Vaccination Hyderabad 1872-1889 - 1872-1889
Year: 1872
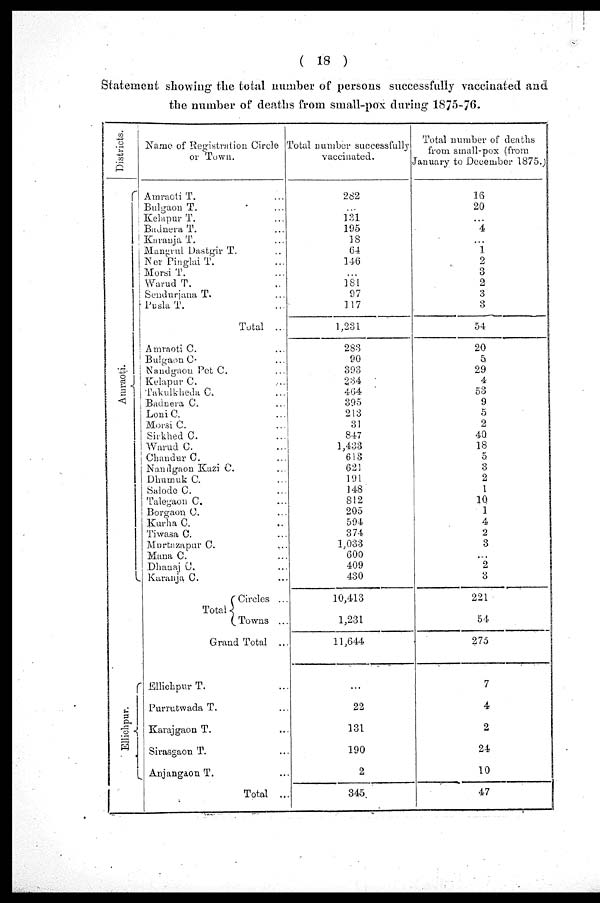
( 18 )
Statement showing the total number of persons successfully vaccinated and
the number of deaths from small-pox during 1875-76.
Districts.
Amraoti.
Name of Registration Circle
or Town.
Amraoti T. ...
Bulgaon T. ...
Kelapur T. ...
Bajnera T. ...
Karauja. T.
...
Mangrul Dastgir T. ...
Ner Pinglai T. ...
Morai T. ...
Warud T. ...
Seudurjana T. ...
Pusla T. ...
Total ...
Amraoti C. ...
Bulgaon C. ...
Nandgaou Pet C. ...
Kelapur C. ...
Takulkheda C. ...
Badnera C. ...
Loni C. ...
Morsi C. ...
Sirkhed C. ...
Warud C. ...
Chandur C. ...
Nandgaon Kazi C. ...
Dhumuk C. ...
Salode C. ...
Talegaon C. ...
Borgaon C. ...
Kurha C. ...
Tiwasa C. ...
Murtazapur C.
...
Mana C. ...
Dhanaj C. ...
Karauja C. ...
Total
Circles ...
Towns ...
Grand Total ...
Ellichpur T. ...
Purrutwada T. ...
Karajgaon T. ...
Sirasgaon T. ...
Anjangaon T. ...
Total ...
Total number successfully
vaccinated.
282
131
195
18
64
146
...
181
97
117
1,231
283
90
393
234
464
395
213
31
847
1,433
613
621
191
148
812
205
594
374
1,033
600
409
430
10,413
1,231
11,644
...
22
131
190
2
345
Total number of deaths
from small-pox (from
January to December 1875.)
16
20
...
4
...
1
2
3
2
3
3
54
20
5
29
4
53
9
5
2
40
18
5
3
2
1
10
1
4
2
3
...
2
3
221
54
275
7
4
2
24
10
47